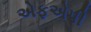
એફએપી